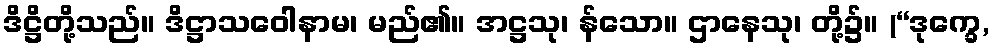
ဒိဋ္ဌိတို့သည်။ ဒိဋ္ဌာသဝေါနာမ၊ မည်၏။ အဋ္ဌသု၊ န်သော။ ဌာနေသု၊ တို့၌။ (“ဒုက္ခေ,